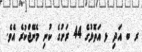
ރ ބ އަދި ޅ އަތޮޅުގެ 44 ރަށުގެ ކުނި މެނޭޖްކުރެ އެވެ.